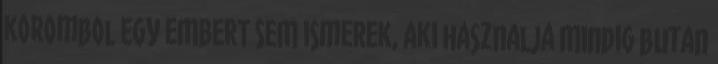
korombol EGY EMBERT SEM ismerek, aki hasznalja MIndig butan